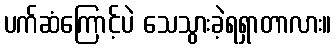
ပက်ဆံကြောင့်ပဲ သေသွားခဲ့ရရှာတာလား။